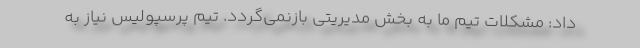
داد: مشکلات تیم ما به بخش مدیریتی بازنمی‌گردد. تیم پرسپولیس نیاز به